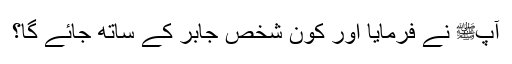
آپﷺ نے فرمایا اور کون شخص جابر کے ساتھ جائے گا؟